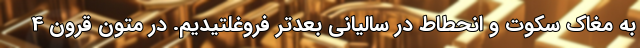
به مغاک سکوت و انحطاط در سالیانی بعدتر فروغلتیدیم. در متون قرون 4